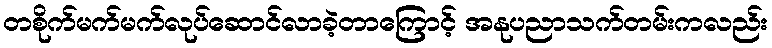
တစိုက်မက်မက်လုပ်ဆောင်လာခဲ့တာကြောင့် အနုပညာသက်တမ်းကလည်း